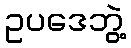
ဥပဒေဘွဲ့